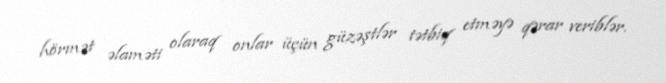
hörmət əlaməti olaraq onlar üçün güzəştlər tətbiq etməyə qərar veriblər.